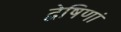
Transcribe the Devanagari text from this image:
द्वेषिणां